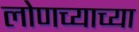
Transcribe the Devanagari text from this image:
लोणच्याच्या